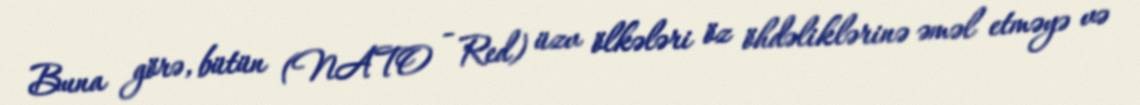
Buna görə, bütün (NATO - Red) üzv ölkələri öz öhdəliklərinə əməl etməyə və